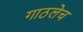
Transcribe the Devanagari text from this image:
गाठलेच